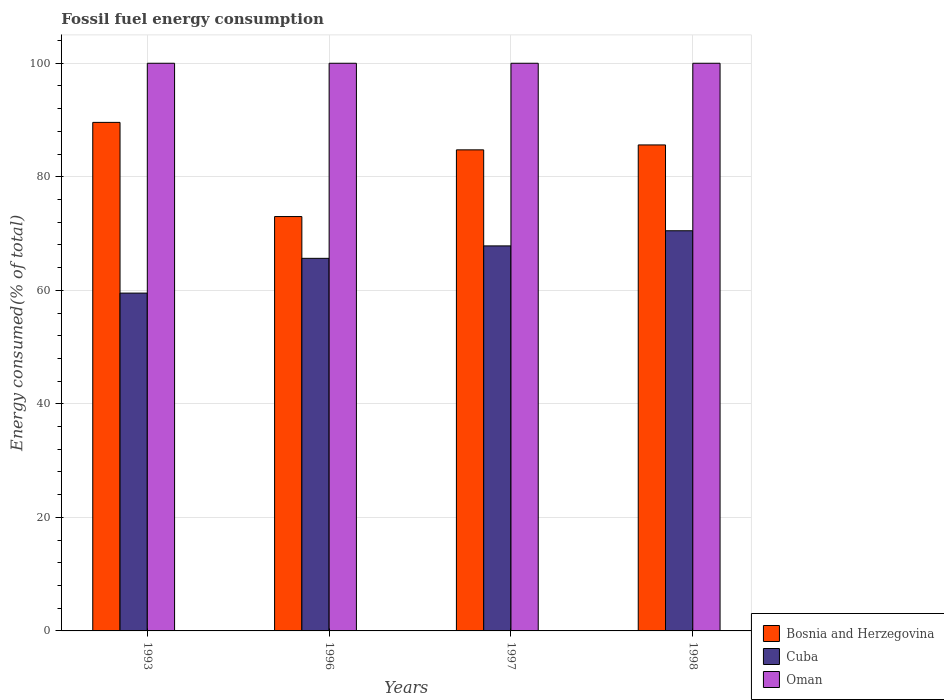
| Years | Bosnia and Herzegovina | Cuba | Oman |
 | --- | --- | --- | --- |
 | 1993 | 89.6 | 59.5 | 100 |
 | 1996 | 73 | 65.6 | 100 |
 | 1997 | 84.7 | 67.8 | 100 |
 | 1998 | 85.6 | 70.5 | 100 |